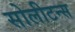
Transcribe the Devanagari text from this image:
सोलीटन्स